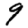
Digit: 9